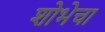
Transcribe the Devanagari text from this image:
शोभेचा